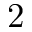
2